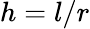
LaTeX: h=l/r